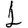
Digit: 1